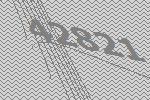
42821